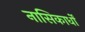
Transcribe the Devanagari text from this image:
नासिकार्धों